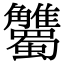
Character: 𧥘